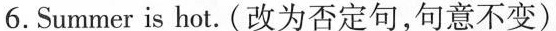
6. Summer is hot. (改为否定句,句意不变)